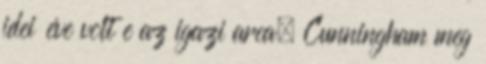
idei éve volt e az igazi arca, Cunningham meg